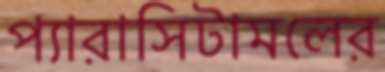
প্যারাসিটামলের